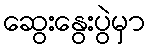
ဆွေးနွေးပွဲမှာ